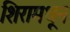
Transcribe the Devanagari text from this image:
शिरामधून